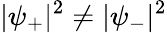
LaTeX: {|\psi_{+}|^{2}\neq|\psi_{-}|^{2}}